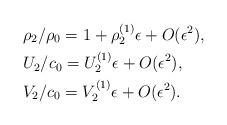
LaTeX: \begin{align*}&{\rho_2}/{\rho_0}=1+{\rho_{2}^{(1)}}\epsilon+O(\epsilon^2),\\&{U_2}/{c_0}={U_{2}^{(1)}}{\epsilon}+O(\epsilon^2),\\&{V_2}/{c_0}={V_{2}^{(1)}}{\epsilon}+O(\epsilon^2).\end{align*}